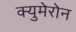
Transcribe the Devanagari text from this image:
क्युमेरोन